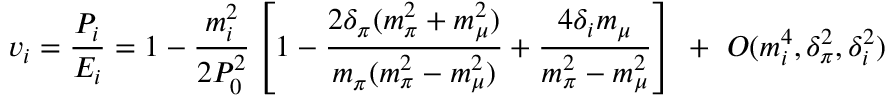
v _ { i } = \frac { P _ { i } } { E _ { i } } = 1 - \frac { m _ { i } ^ { 2 } } { 2 P _ { 0 } ^ { 2 } } \left[ 1 - \frac { 2 \delta _ { \pi } ( m _ { \pi } ^ { 2 } + m _ { \mu } ^ { 2 } ) } { m _ { \pi } ( m _ { \pi } ^ { 2 } - m _ { \mu } ^ { 2 } ) } + \frac { 4 \delta _ { i } m _ { \mu } } { m _ { \pi } ^ { 2 } - m _ { \mu } ^ { 2 } } \right] ~ + ~ O ( m _ { i } ^ { 4 } , \delta _ { \pi } ^ { 2 } , \delta _ { i } ^ { 2 } )